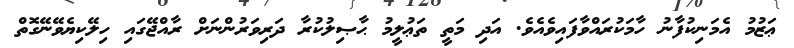
ޢަޒުމު އެމަނިކުފާނު ހާމަކުރައްވާފައިވެއެވެ. އަދި މަތީ ތަޢުލީމު ޙާޞިލުކުރާ ދަރިވަރުންނަށް ރާއްޖޭގައި ހިލޭކިޔެވޭނޭގޮތް